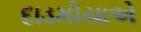
દાડમીયાએ